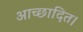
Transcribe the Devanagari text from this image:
आच्छादित।